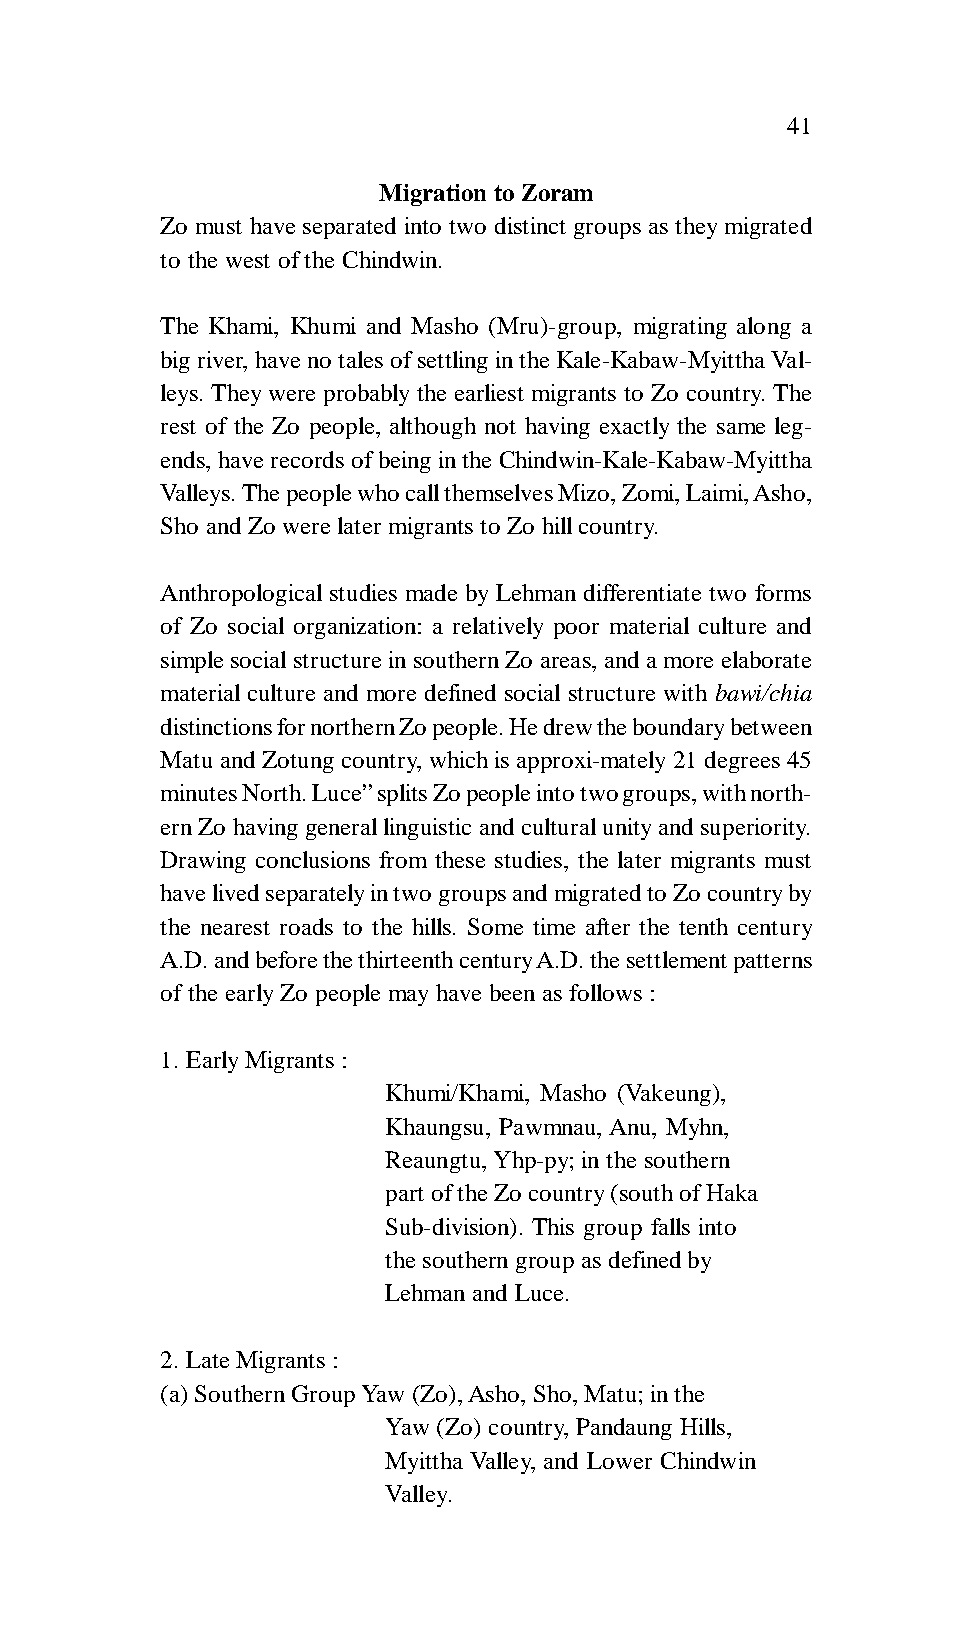
41
 Migration to Zoram
 Zo must have separated into two distinct groups as they migrated
 to the west of the Chindwin.
 The Khami, Khumi and Masho (Mru)-group, migrating along a
 big river, have no tales of settling in the Kale-Kabaw-Myittha Val-
 leys. They were probably the earliest migrants to Zo country. The
 rest of the Zo people, although not having exactly the same leg-
 ends, have records of being in the Chindwin-Kale-Kabaw-Myittha
 Valleys. The people who call themselves Mizo, Zomi, Laimi, Asho,
 Sho and Zo were later migrants to Zo hill country.
 Anthropological studies made by Lehman differentiate two forms
 of Zo social organization: a relatively poor material culture and
 simple social structure in southern Zo areas, and a more elaborate
 material culture and more defined social structure with bawi/chia
 distinctions for northern Zo people. He drew the boundary between
 Matu and Zotung country, which is approxi-mately 21 degrees 45
 minutes North. Luce” splits Zo people into two groups, with north-
 ern Zo having general linguistic and cultural unity and superiority.
 Drawing conclusions from these studies, the later migrants must
 have lived separately in two groups and migrated to Zo country by
 the nearest roads to the hills. Some time after the tenth century
 A.D. and before the thirteenth century A.D. the settlement patterns
 of the early Zo people may have been as follows :
 1. Early Migrants :
 Khumi/Khami, Masho (Vakeung),
 Khaungsu, Pawmnau, Anu, Myhn,
 Reaungtu, Yhp-py; in the southern
 part of the Zo country (south of Haka
 Sub-division). This group falls into
 the southern group as defined by
 Lehman and Luce.
 2. Late Migrants :
 (a) Southern Group Yaw (Zo), Asho, Sho, Matu; in the
 Yaw (Zo) country, Pandaung Hills,
 Myittha Valley, and Lower Chindwin
 Valley.